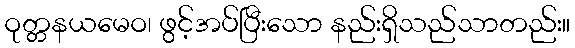
ဝုတ္တနယမေဝ၊ ဖွင့်အပ်ပြီးသော နည်းရှိသည်သာတည်း။